Liigvalla_vallavalitsus, lk 174
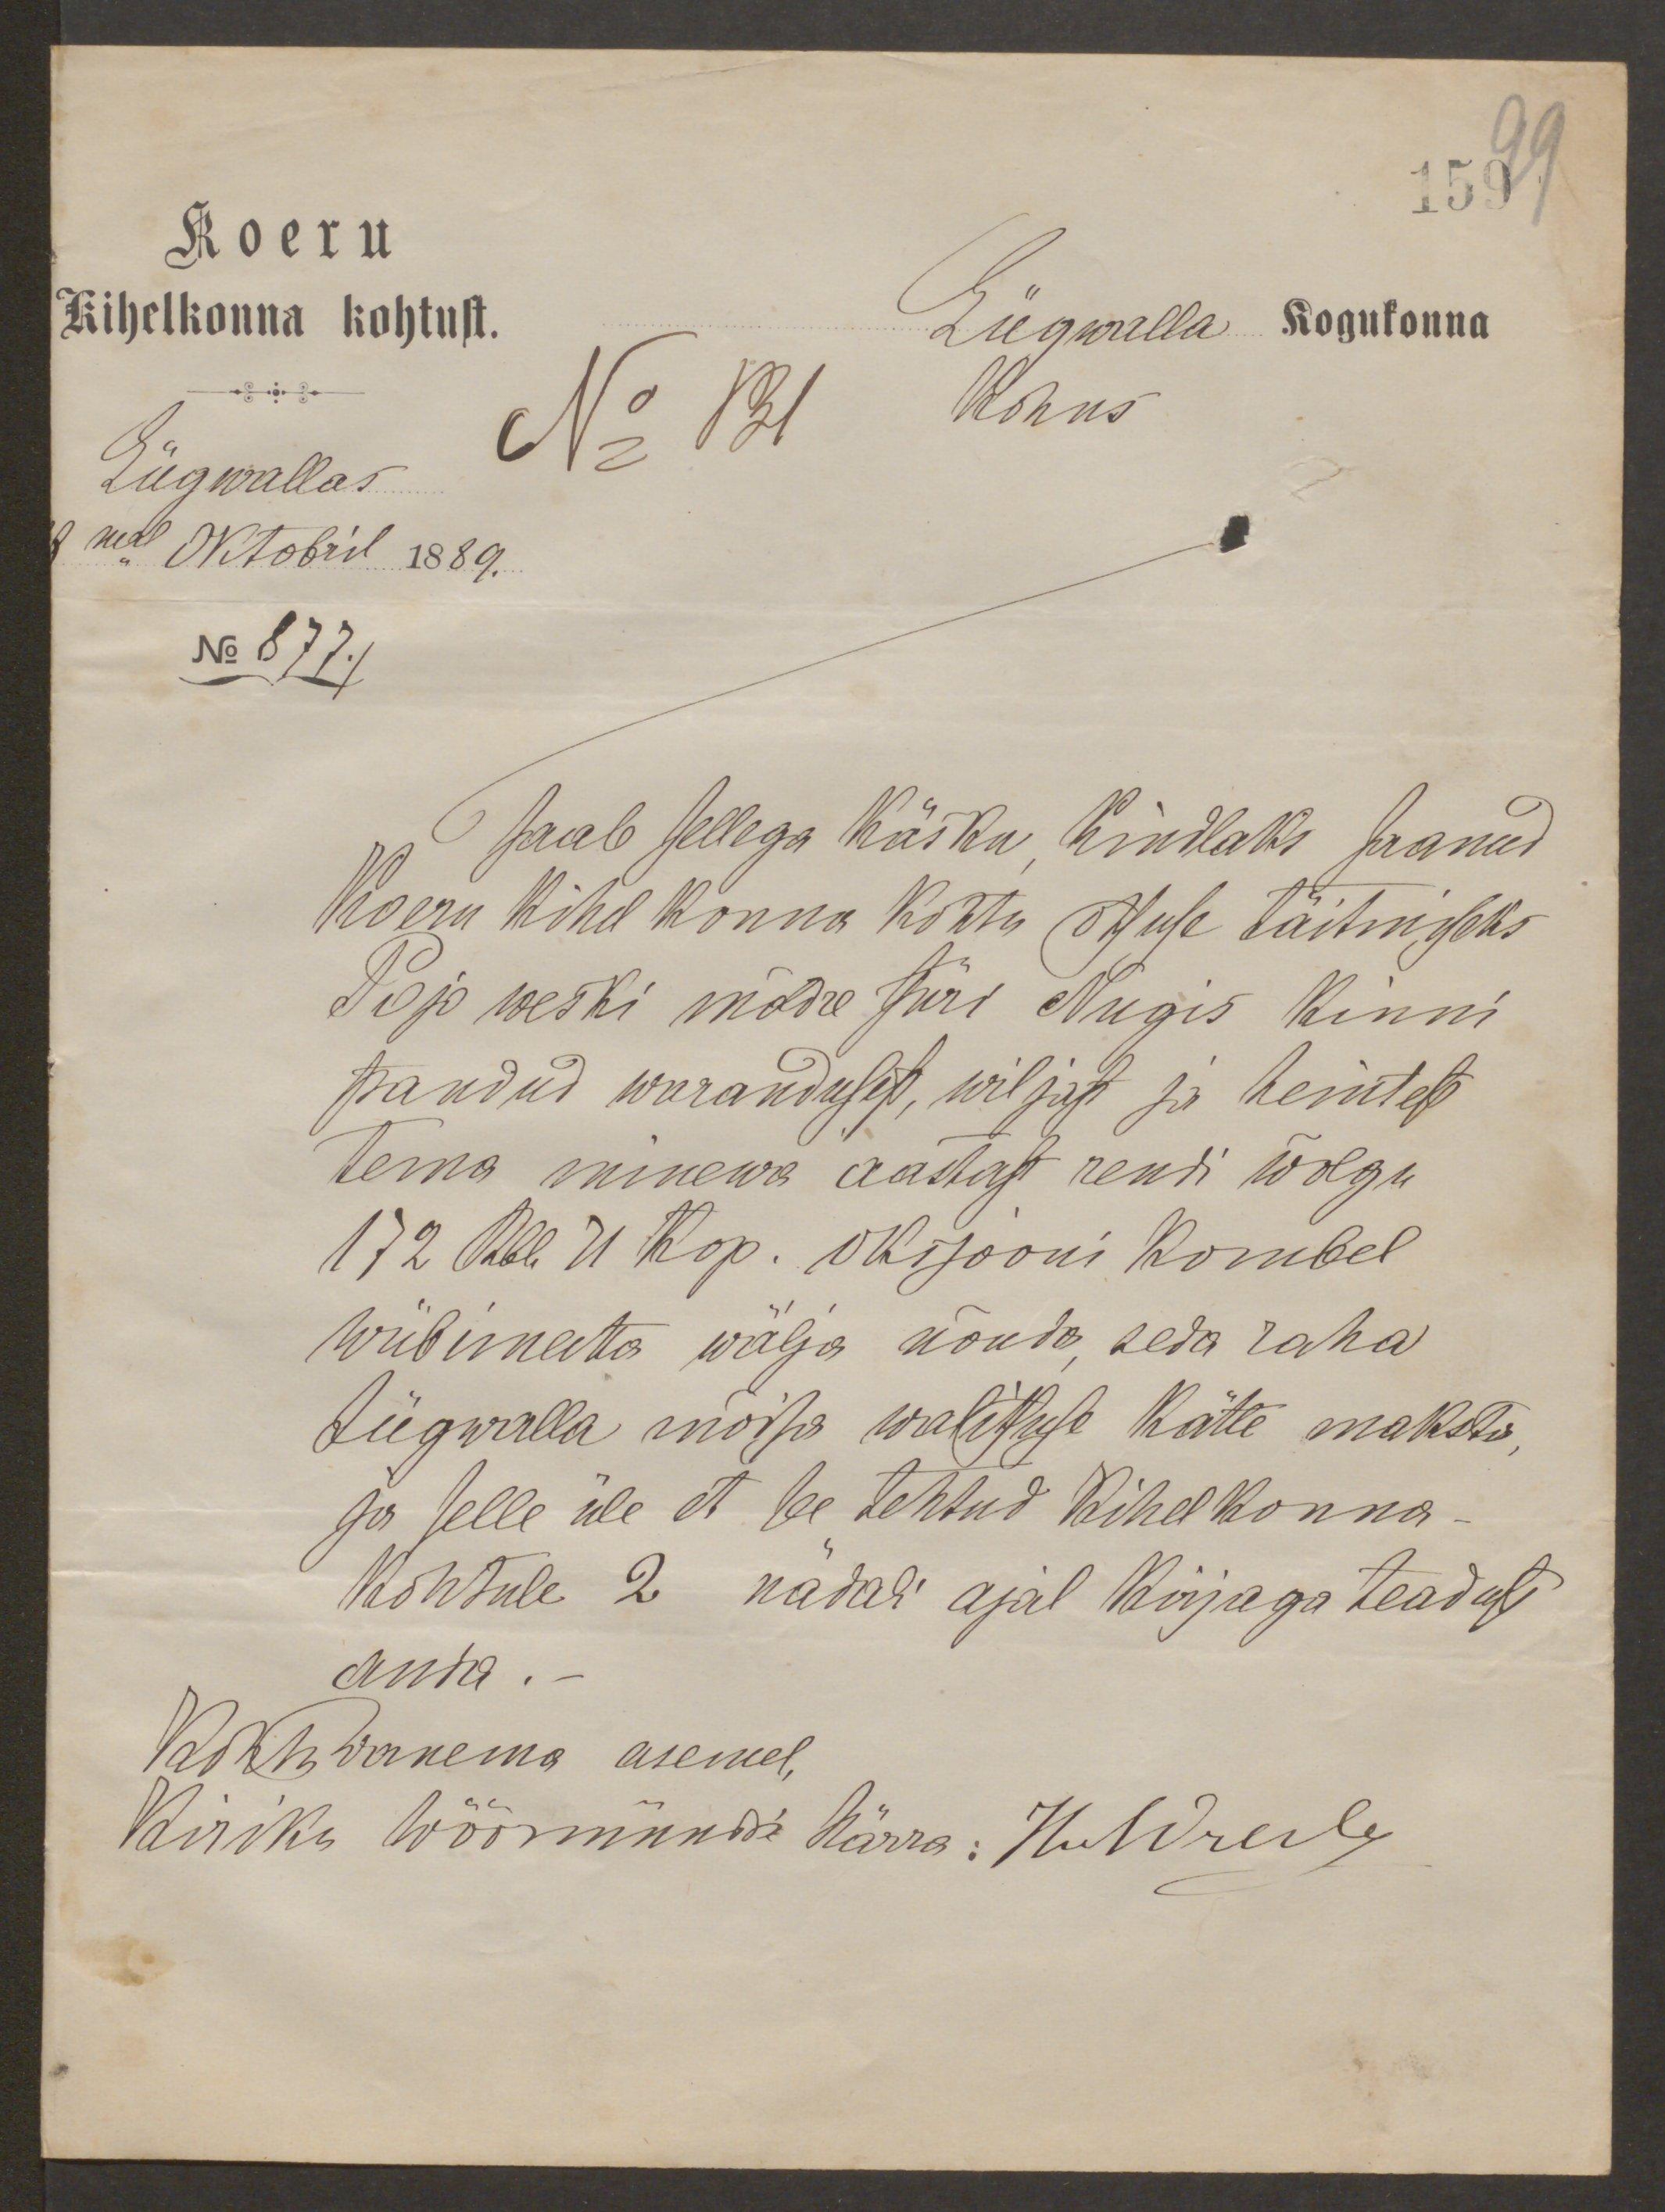
159
Koeru
Kihelkonna kohtust.
Liigwalla kogukonna
No 131 kohus
Liigwallas
8mal Oktobril 1889.
No 877./
saab sellega käsku, kindlaks saanud
Koeru kihelkonna kohtu otsuse täitmiseks
Pojo weski möldre Jüri Nugis kinni
pandud warandusest, wiljast ja heintest
tema minewa aastast rendi wõlgu
172 Rbl. 21 kop. oksjooni kombel
wiibimata wälja nõuda, seda raha
Liigwalla mõisa walitsuse kätte maksta,
ja selle üle et see tehtud kihelkonna-
kohtule 2 nädali ajal kirjaga teadust
anta.-
Vallawanema asemel,
Kiriku Wöörmündri härra: